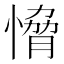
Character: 愶